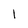
Character: 1